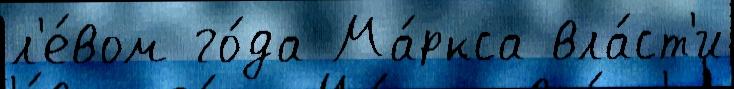
л'е́вом го́да Ма́ркса вла́ст'и